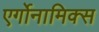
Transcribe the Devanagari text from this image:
एर्गोनामिक्स